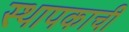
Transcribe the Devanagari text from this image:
स्थापकाची